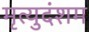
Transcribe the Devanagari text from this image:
मृत्युदंशम